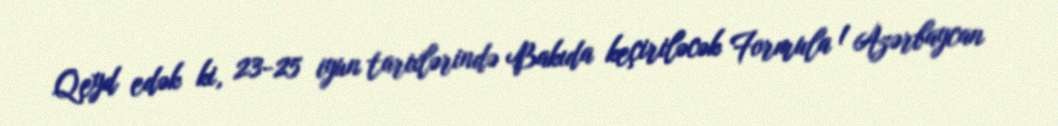
Qeyd edək ki, 23-25 iyun tarixlərində Bakıda keçiriləcək Formula 1 Azərbaycan